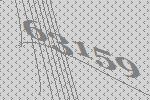
63159